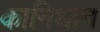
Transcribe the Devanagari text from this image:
कानिधान